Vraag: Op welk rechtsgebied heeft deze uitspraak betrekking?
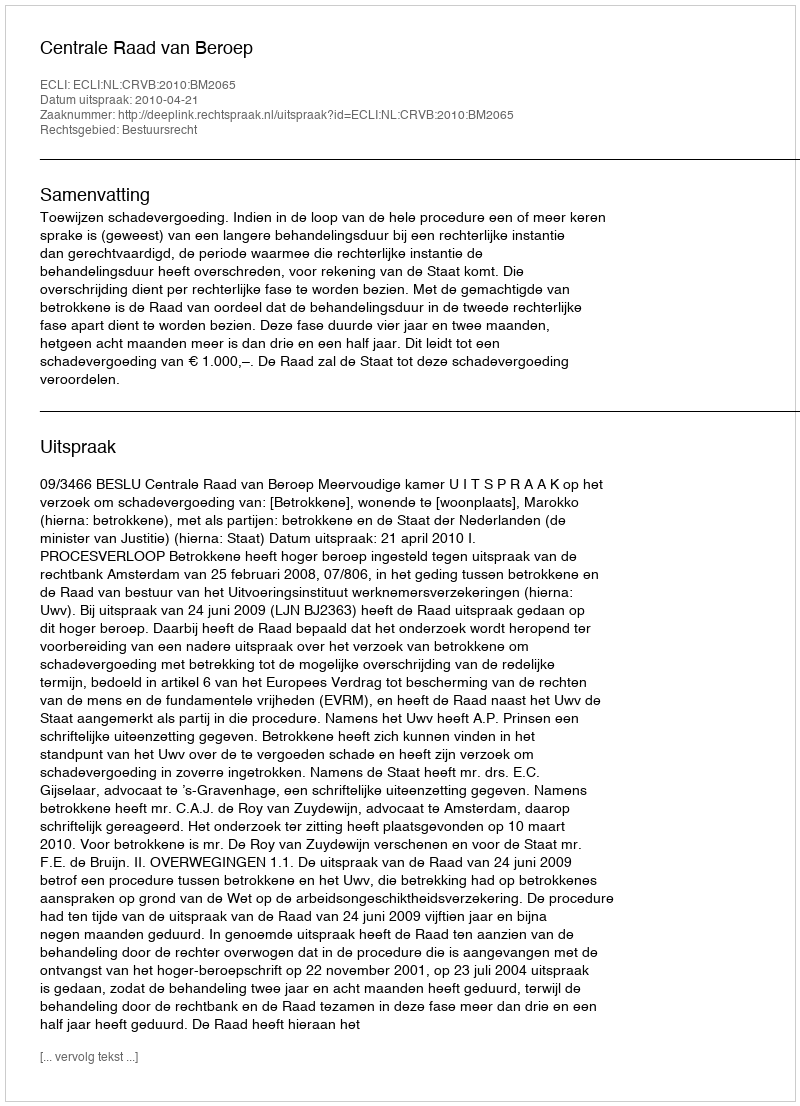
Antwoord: Bestuursrecht